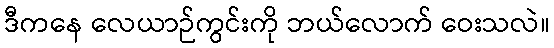
ဒီကနေ လေယာဉ်ကွင်းကို ဘယ်လောက် ဝေးသလဲ။